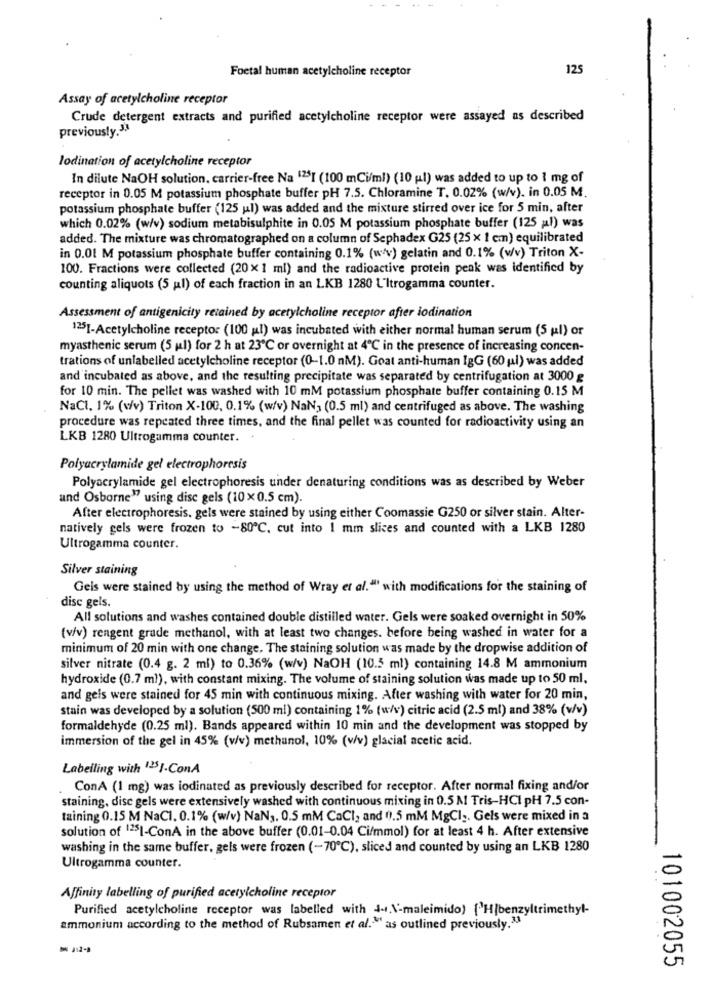
Foctal human acetylcholine receptor
125
Assay of acetylcholine receptor
Crude detergent extracts and purified acetylcholine receptor were assayed as described
previously.3.
lodination of acetylcholine receptor
In dilute NaOH solution, carrier-free Na '25I (100 mCi/ml) (10 (l) was added to up to 1 mg of
receptor in 0.05 M potassium phosphate buffer pH 7.5. Chloramine T. 0.02% (w/v). in 0.05 M.
potassium phosphate buffer (125 ul) was added and the mixture stirred over ice for 5 min, after
which 0.02% (w/v) sodium metabisulphite in 0.05 M potassium phosphate buffer (125 al) was
added. The mixture was chromatographed on a column of Sephadex G25 (25 x 1 cm) equilibrated
in 0.01 M potassium phosphate buffer containing 0.1% (w/v) gelatin and 0.1% (w/v) Triton X-
100. Fractions were collected (20× 1 ml) and the radioactive protein peak was identified by
counting aliquots (5 ml) of each fraction in an LKB 1280 L'Itrogamma counter.
Assessment of antigenicity retained by acetylcholine receptor after iodination
1251-Acetylcholine receptor (100 ul) was incubated with either normal human serum (5 ul) or
myasthenic serum (5 ul) for 2 h at 23℃ or overnight at 4℃ in the presence of increasing concen-
trations of unlabelled acetylcholine receptor (0-1.0 nM). Goat anti-human IgG (60 ul) was added
and incubated as above, and the resulting precipitate was separated by centrifugation at 3000 g
for 10 min. The pellet was washed with 10 mM potassium phosphate buffer containing 0.15 M
NaCl. 1% (w/v) Triton X-100, 0.1% (w/v) NaNa (0.5 ml) and centrifuged as above. The washing
procedure was repeated three times, and the final pellet was counted for radioactivity using an
LKB 1280 Ultrogamma counter.
Polyacrylamide gel electrophoresis
Polyacrylamide gel electrophoresis under denaturing conditions was as described by Weber
und Osborne" using disc gels (10x0.5 cm).
After electrophoresis, gels were stained by using either Coomassie G250 or silver stain. Alter-
natively gels were frozen to -80℃, cut into 1 mm slices and counted with a LKB 1280
Ultrogamma counter.
Silver staining
Geis were stained by using the method of Wray et al." with modifications for the staining of
disc gels.
All solutions and washes contained double distilled water. Gels were soaked overnight in 50%
(v/v) rengent grade methanol, with at least two changes. before being washed in water for a
minimum of 20 min with one change, The staining solution was made by the dropwise addition of
silver nitrate (0.4 g. 2 ml) to 0.36% (w/v) NaOH (10.5 ml) containing 14.8 M ammonium
hydroxide (0.7 m)), with constant mixing. The volume of staining solution was made up to 50 ml,
and gels were stained for 45 min with continuous mixing. After washing with water for 20 min,
stain was developed by a solution (500 ml) containing 1% (w/v) citric acid (2.5 ml) and 38% (v/v)
formaldehyde (0.25 ml). Bands appeared within 10 min and the development was stopped by
immersion of the gel in 45% (v/v) methanol, 10% (v/v) glacial acetic acid.
Labelling with 1251-ConA
ConA (1 mg) was iodinated as previously described for receptor. After normal fixing and/or
staining, dise gels were extensively washed with continuous mixing in 0.5 M Tris-HCI pH 7.5 con-
taining 0.15 M NaCl. 0.1% (w/v) NaN ,. 0.5 mM CaCI, and 01.5 mM MgCl .. Gels were mixed in a
solution of 1251-ConA in the above buffer (0.01-0.04 Ci/mmol) for at least 4 h. After extensive
washing in the same buffer, gels were frozen (-70℃), sliced and counted by using an LKB 1280
Ultrogamma counter.
Affinity labelling of purified acetylcholine receptor
Purified acetylcholine receptor was labelled with -. \-maleimido) [H]benzyltrimethyl-
ammonium according to the method of Rubsamen et al."" as outlined previously.3.1
101002055